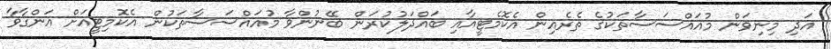
އަދި މިނިވަން މުއައްސަސާތަކުގެ ތެރެއިން އެކޮމެޓީއާއި ބައްދަލުކުރަން ބޭނުންވާ މުއައްސަސާތަކުން އެކޮމިޓީއަށް އަންގާވާ